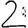
Digit: 2